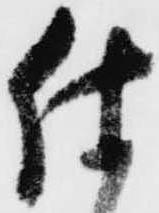
仕